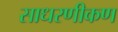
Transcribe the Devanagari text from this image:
साधरणीकण